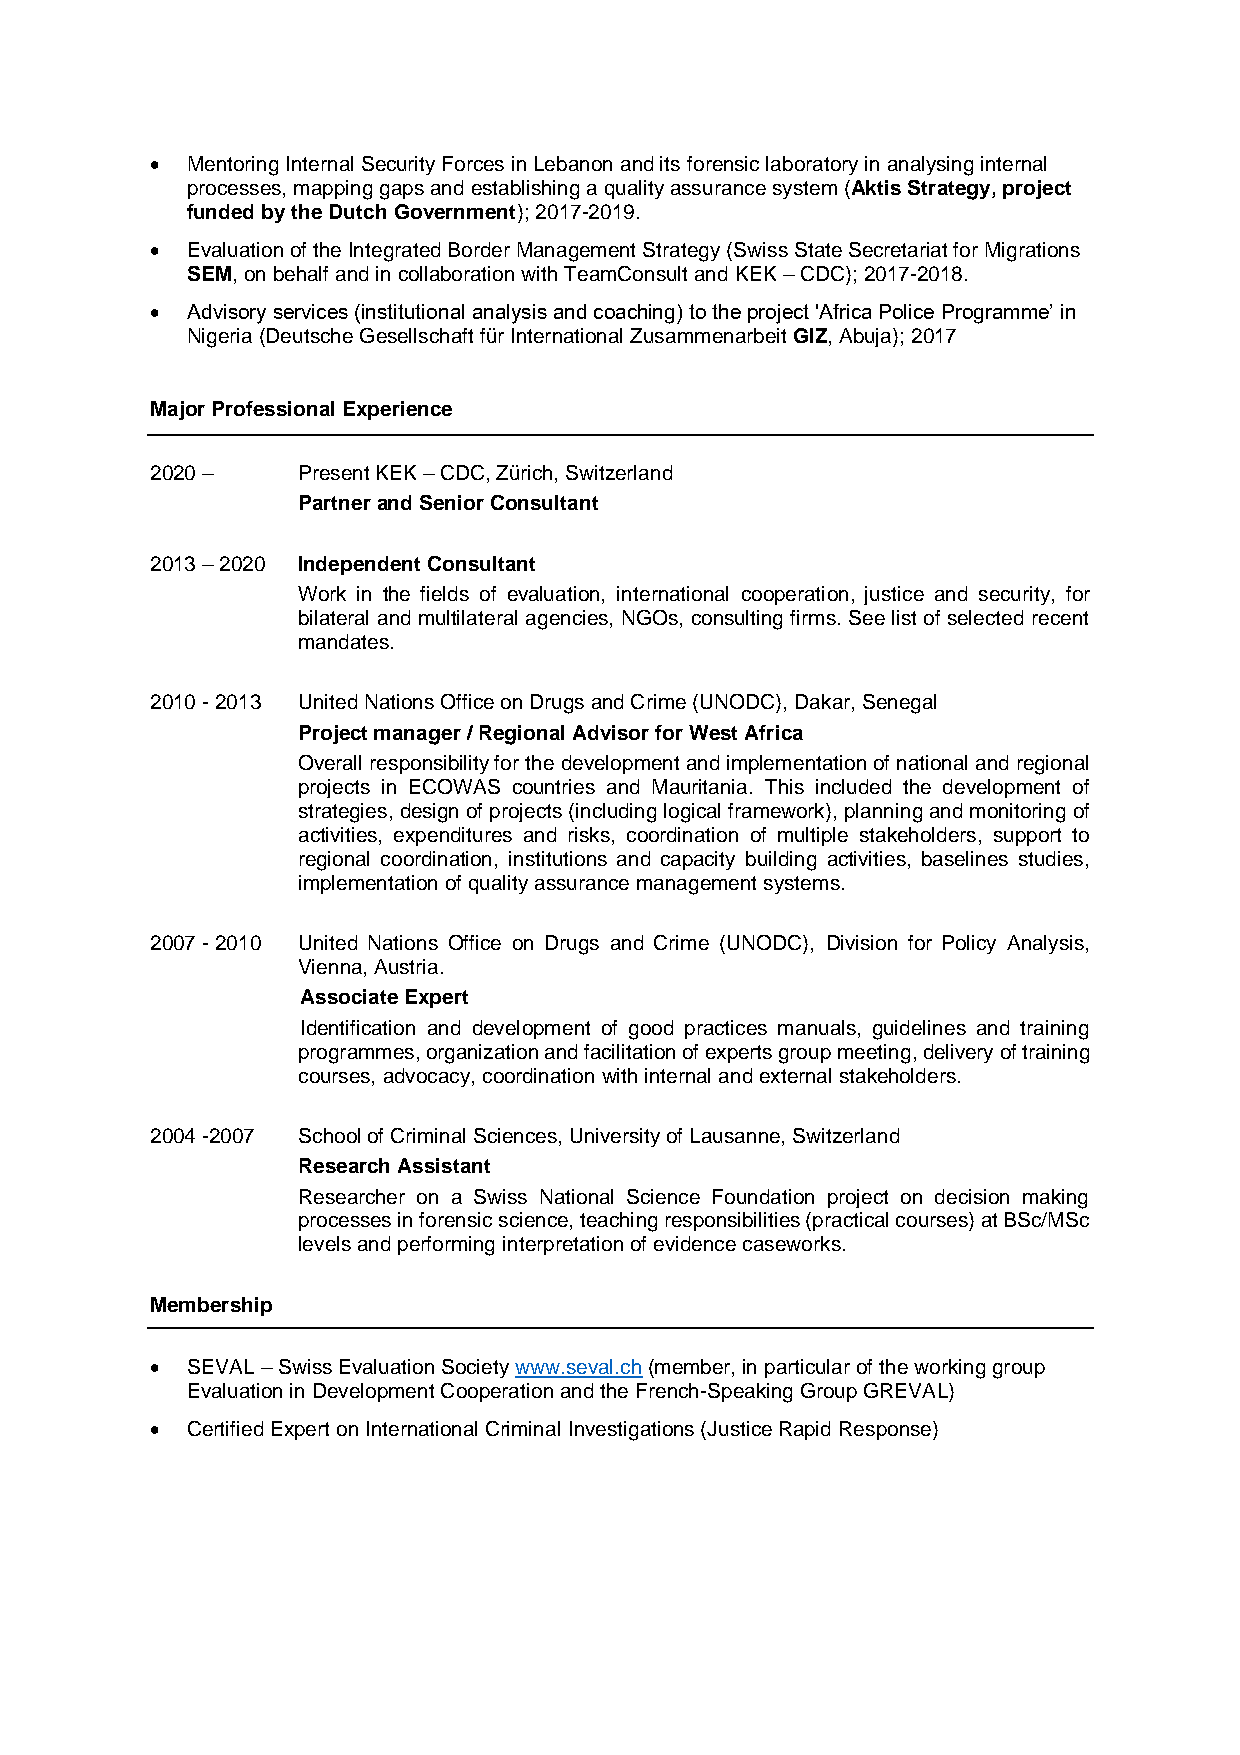
• Mentoring Internal Security Forces in Lebanon and its forensic laboratory in analysing internal
 processes, mapping gaps and establishing a quality assurance system (Aktis Strategy, project
 funded by the Dutch Government); 2017-2019.
 • Evaluation of the Integrated Border Management Strategy (Swiss State Secretariat for Migrations
 SEM, on behalf and in collaboration with TeamConsult and KEK – CDC); 2017-2018.
 • Advisory services (institutional analysis and coaching) to the project 'Africa Police Programme’ in
 Nigeria (Deutsche Gesellschaft für International Zusammenarbeit GIZ, Abuja); 2017
 Major Professional Experience
 2020 –    Present KEK – CDC, Zürich, Switzerland
 Partner and Senior Consultant
 2013 – 2020 Independent Consultant
 Work in the fields of evaluation, international cooperation, justice and security, for
 bilateral and multilateral agencies, NGOs, consulting firms. See list of selected recent
 mandates.
 2010 - 2013 United Nations Office on Drugs and Crime (UNODC), Dakar, Senegal
 Project manager / Regional Advisor for West Africa
 Overall responsibility for the development and implementation of national and regional
 projects in ECOWAS countries and Mauritania. This included the development of
 strategies, design of projects (including logical framework), planning and monitoring of
 activities, expenditures and risks, coordination of multiple stakeholders, support to
 regional coordination, institutions and capacity building activities, baselines studies,
 implementation of quality assurance management systems.
 2007 - 2010 United Nations Office on Drugs and Crime (UNODC), Division for Policy Analysis,
 Vienna, Austria.
 Associate Expert
 Identification and development of good practices manuals, guidelines and training
 programmes, organization and facilitation of experts group meeting, delivery of training
 courses, advocacy, coordination with internal and external stakeholders.
 2004 -2007 School of Criminal Sciences, University of Lausanne, Switzerland
 Research Assistant
 Researcher on a Swiss National Science Foundation project on decision making
 processes in forensic science, teaching responsibilities (practical courses) at BSc/MSc
 levels and performing interpretation of evidence caseworks.
 Membership
 • SEVAL – Swiss Evaluation Society www.seval.ch (member, in particular of the working group
 Evaluation in Development Cooperation and the French-Speaking Group GREVAL)
 • Certified Expert on International Criminal Investigations (Justice Rapid Response)